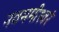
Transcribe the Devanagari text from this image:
नवममीश्वरं